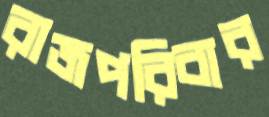
রাজপরিবার